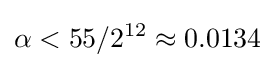
\alpha <55/2^{12}\approx 0.0134